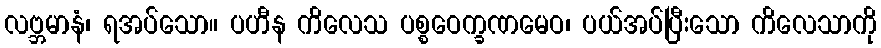
လဗ္ဘမာနံ၊ ရအပ်သော။ ပဟီန ကိလေသ ပစ္စဝေက္ခဏမေဝ၊ ပယ်အပ်ပြီးသော ကိလေသာကို